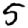
Digit: 5